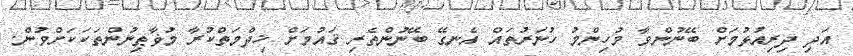
އަދި ދިރިއުޅުމަށް ބޭނުންވާ މުހިންމު ހުނަރުތައް އެނގޭ ބޭނުންތެރި ޤައުމަށް ޚިދްމަތްކުރާ މުޥާޠިނުންތަކަކަށްވުން.